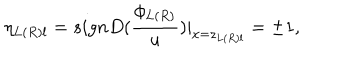
LaTeX: \eta _ { L ( R ) l } = s i g n D ( \frac { \phi _ { L ( R ) } } u ) | _ { x = z _ { L ( R ) l } } = \pm 1 ,